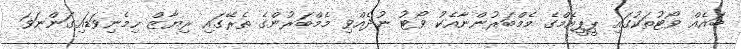
ބައެއް ވޯޓުތަކުގައި ޕީޕީއެމްގެ މެމްބަރުންނާއެކު ވޯޓު ނުދެއްވި މެމްބަރުންގެ ތެރޭގައި ރިޔާޒް ހިމެނިވަޑައިގަންނަވަ